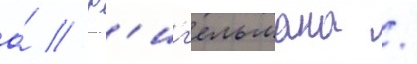
а́ // Р'иг'ельмана /